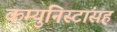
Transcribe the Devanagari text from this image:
कम्युनिस्टांसह